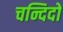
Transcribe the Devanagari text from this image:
चन्दिदो